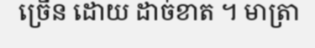
ច្រើន ដោយ ដាច់ខាត ។ មាត្រា